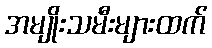
အမျိုးသမီးများထက်